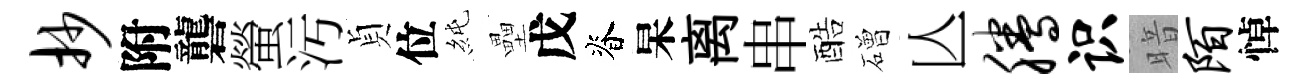
抄附礱螢汚貞位純壘戊脊杲离串酷磳亾腾识暗陌悼